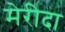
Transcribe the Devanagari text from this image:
मेरीदा